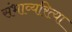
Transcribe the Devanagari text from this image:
संभाव्यरित्या